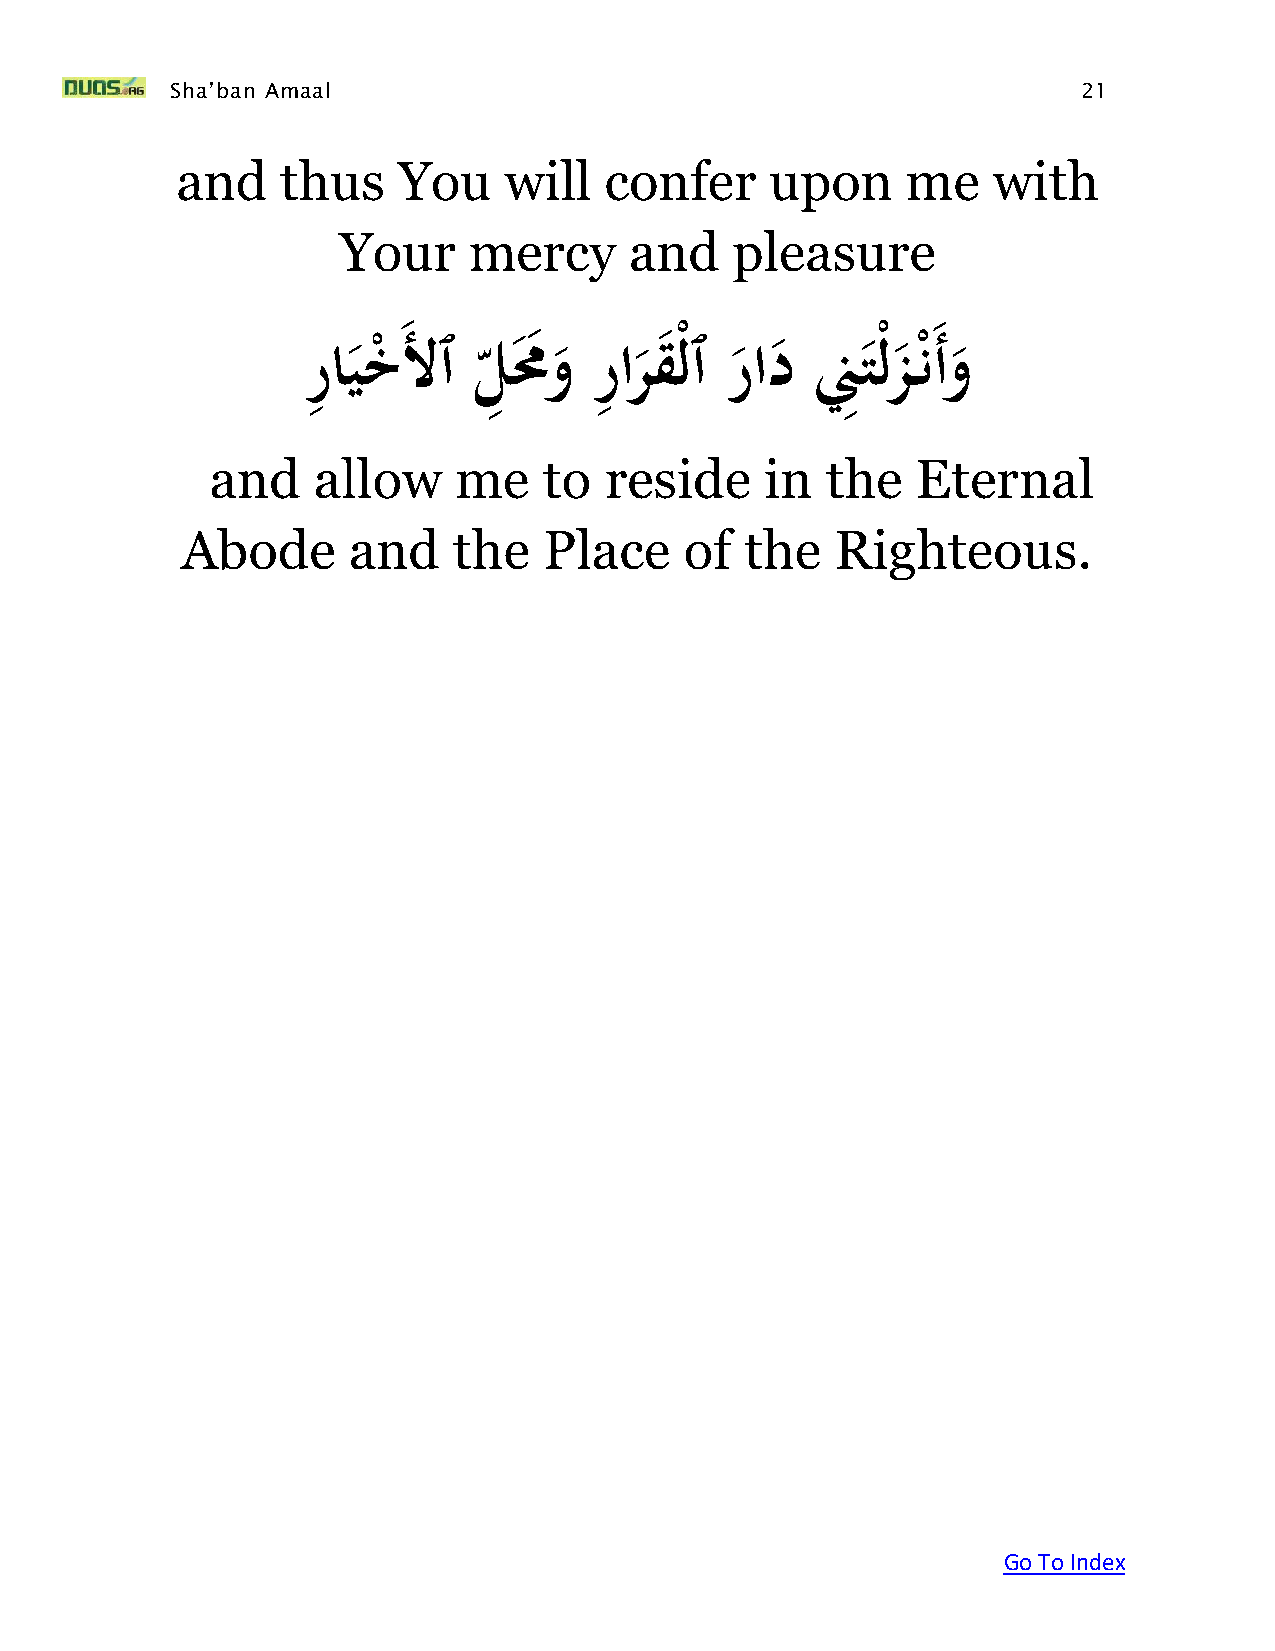
Sha’ban Amaal                                                21
 and    thus   You    will   confer     upon     me    with
 Your     mercy      and   pleasure
 َرِ ايخ َلٱَلِ مُوَرِ ارقْلٱَرادَنِِتْلز ن َأوَ
 ْ                                    ْ
 and    allow    me    to  reside     in  the   Eternal
 Abode      and    the   Place    of  the   Righteous.
 Go To Index